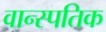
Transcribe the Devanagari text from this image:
वान्स्पतिक